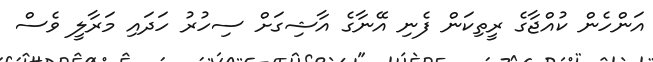
އަންހެން ކުއްޖާގެ ރީތިކަން ފެނި އޭނާގެ އާޝިގަށް ސިހުރު ހަދައި މަރާލީ ވެސް